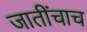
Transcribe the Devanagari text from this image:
जातींचाच